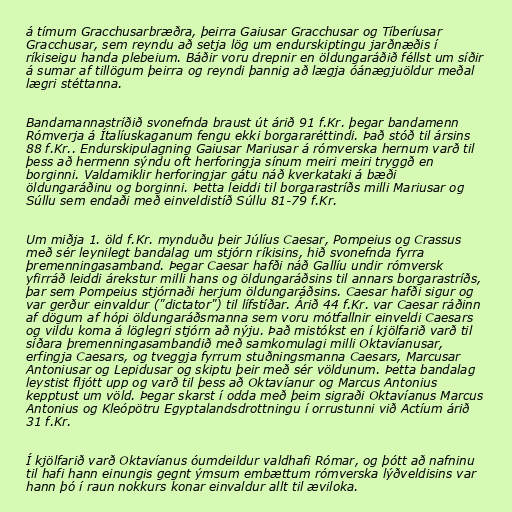
á tímum Gracchusarbræðra, þeirra Gaiusar Gracchusar og Tíberíusar
Gracchusar, sem reyndu að setja lög um endurskiptingu jarðnæðis í
ríkiseigu handa plebeium. Báðir voru drepnir en öldungaráðið féllst um síðir
á sumar af tillögum þeirra og reyndi þannig að lægja óánægjuöldur meðal
lægri stéttanna.

Bandamannastríðið svonefnda braust út árið 91 f.Kr. þegar bandamenn
Rómverja á Ítalíuskaganum fengu ekki borgararéttindi. Það stóð til ársins
88 f.Kr.. Endurskipulagning Gaiusar Mariusar á rómverska hernum varð til
þess að hermenn sýndu oft herforingja sínum meiri meiri tryggð en
borginni. Valdamiklir herforingjar gátu náð kverkataki á bæði
öldungaráðinu og borginni. Þetta leiddi til borgarastríðs milli Mariusar og
Súllu sem endaði með einveldistíð Súllu 81-79 f.Kr.

Um miðja 1. öld f.Kr. mynduðu þeir Júlíus Caesar, Pompeius og Crassus
með sér leynilegt bandalag um stjórn ríkisins, hið svonefnda fyrra
þremenningasamband. Þegar Caesar hafði náð Gallíu undir rómversk
yfirráð leiddi árekstur milli hans og öldungaráðsins til annars borgarastríðs,
þar sem Pompeius stjórnaði herjum öldungaráðsins. Caesar hafði sigur og
var gerður einvaldur ("dictator") til lífstíðar. Árið 44 f.Kr. var Caesar ráðinn
af dögum af hópi öldungaráðsmanna sem voru mótfallnir einveldi Caesars
og vildu koma á löglegri stjórn að nýju. Það mistókst en í kjölfarið varð til
síðara þremenningasambandið með samkomulagi milli Oktavíanusar,
erfingja Caesars, og tveggja fyrrum stuðningsmanna Caesars, Marcusar
Antoniusar og Lepidusar og skiptu þeir með sér völdunum. Þetta bandalag
leystist fljótt upp og varð til þess að Oktavíanur og Marcus Antonius
kepptust um völd. Þegar skarst í odda með þeim sigraði Oktavíanus Marcus
Antonius og Kleópötru Egyptalandsdrottningu í orrustunni við Actíum árið
31 f.Kr.

Í kjölfarið varð Oktavíanus óumdeildur valdhafi Rómar, og þótt að nafninu
til hafi hann einungis gegnt ýmsum embættum rómverska lýðveldisins var
hann þó í raun nokkurs konar einvaldur allt til æviloka.